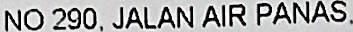
NO 290, JALAN AIR PANAS.